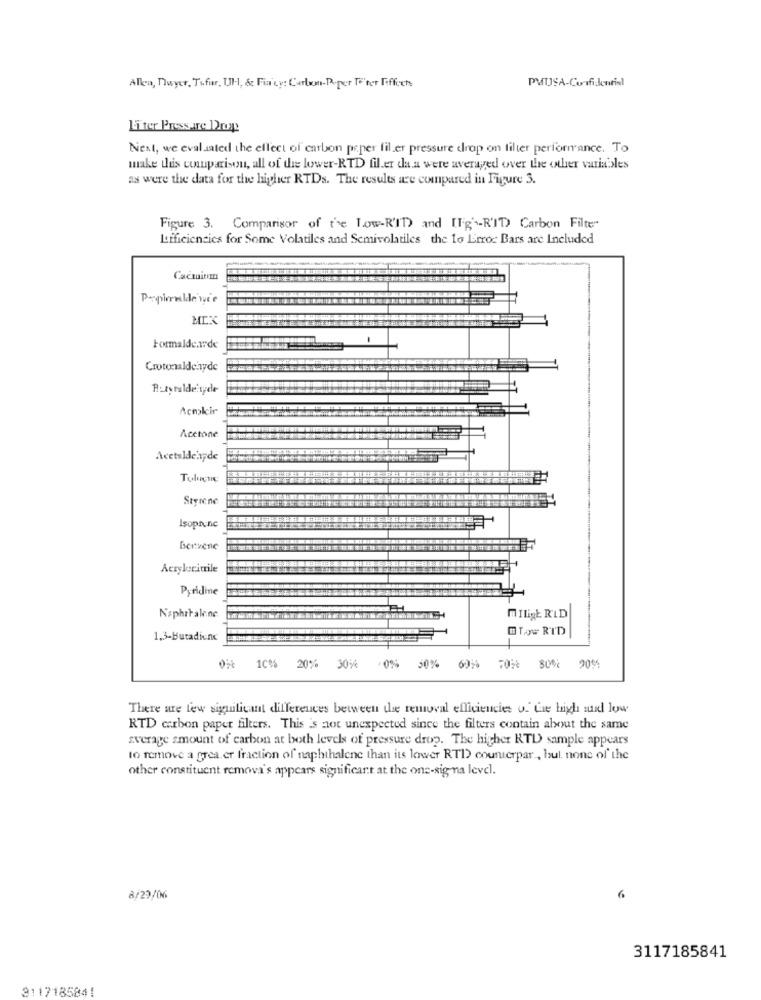
Alla, Dwyer, Tifir, Ul ., & Fia'ty: Carlwmn-Poper Te'ter Fiffoch
PMUSA-Confidencial
Liter Pressure Drop
Next, we evaluated the effect of carbon peper fil er pressure drop on filter performance. To
make this comparison, all of the lower-RTD fil.er da a were averaged over the other variables
as were the data for the higher RTDs. The results are compared in Figure 3.
Figure 3. Comparison of the Low-R'IT) and (Fig'-R'ID) Carbon Filter
Lfficiencies for Some Volatiles and Semivolatiles the 1o Error Bars are Included
Cacmitm
Papiermlle we'e
MIK
Formalde.wrde
Crotonaldehyde
Atomaldehyde
Acmlcir
Acetone
Acetaldeinyde
Styrene
Isoprinc
Bervene
Acrylocitrile
Pyridine
NsphrFalene
MILLERLD
Tow RTD
1,3-Butadienc
20%
30%
0%
50%
10%
80%
2006
There are few siguilicant differences between the removal efficiencies o. Gre high sud low
RTD carbon paper filters. This is not unexpected since the filters contain about the same
average smount of carbon at both levels of pressure drop. The higher RTL) sample appears
to remove a grea.er fraction of naphthalene than its lower RTI) counterpar , but none of the
other constituent remova's appears significant at the one-sig-na level.
8/29/06
6
3117185841
3117185841